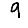
Digit: 9